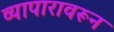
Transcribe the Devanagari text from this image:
व्यापारावरून